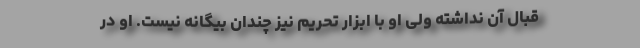
قبال آن نداشته ولی او با ابزار تحریم نیز چندان بیگانه نیست. او در